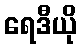
ရေဒီယို